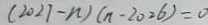
( 2 0 2 7 - n ) ( n - 2 0 2 6 ) = 0